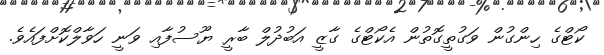
ކޯޓްގެ ހިންގުން ވަގުތީގޮތުން އެކޯޓްގެ ގާޒީ އަބުދުލް ބާރީ ޔޫސުފާއި ވަނީ ހަވާލްކޮށްފައެވެ.